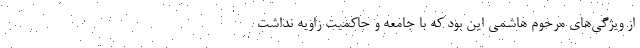
از ویژگی‌های مرحوم هاشمی این بود که با جامعه و حاکمیت زاویه نداشت